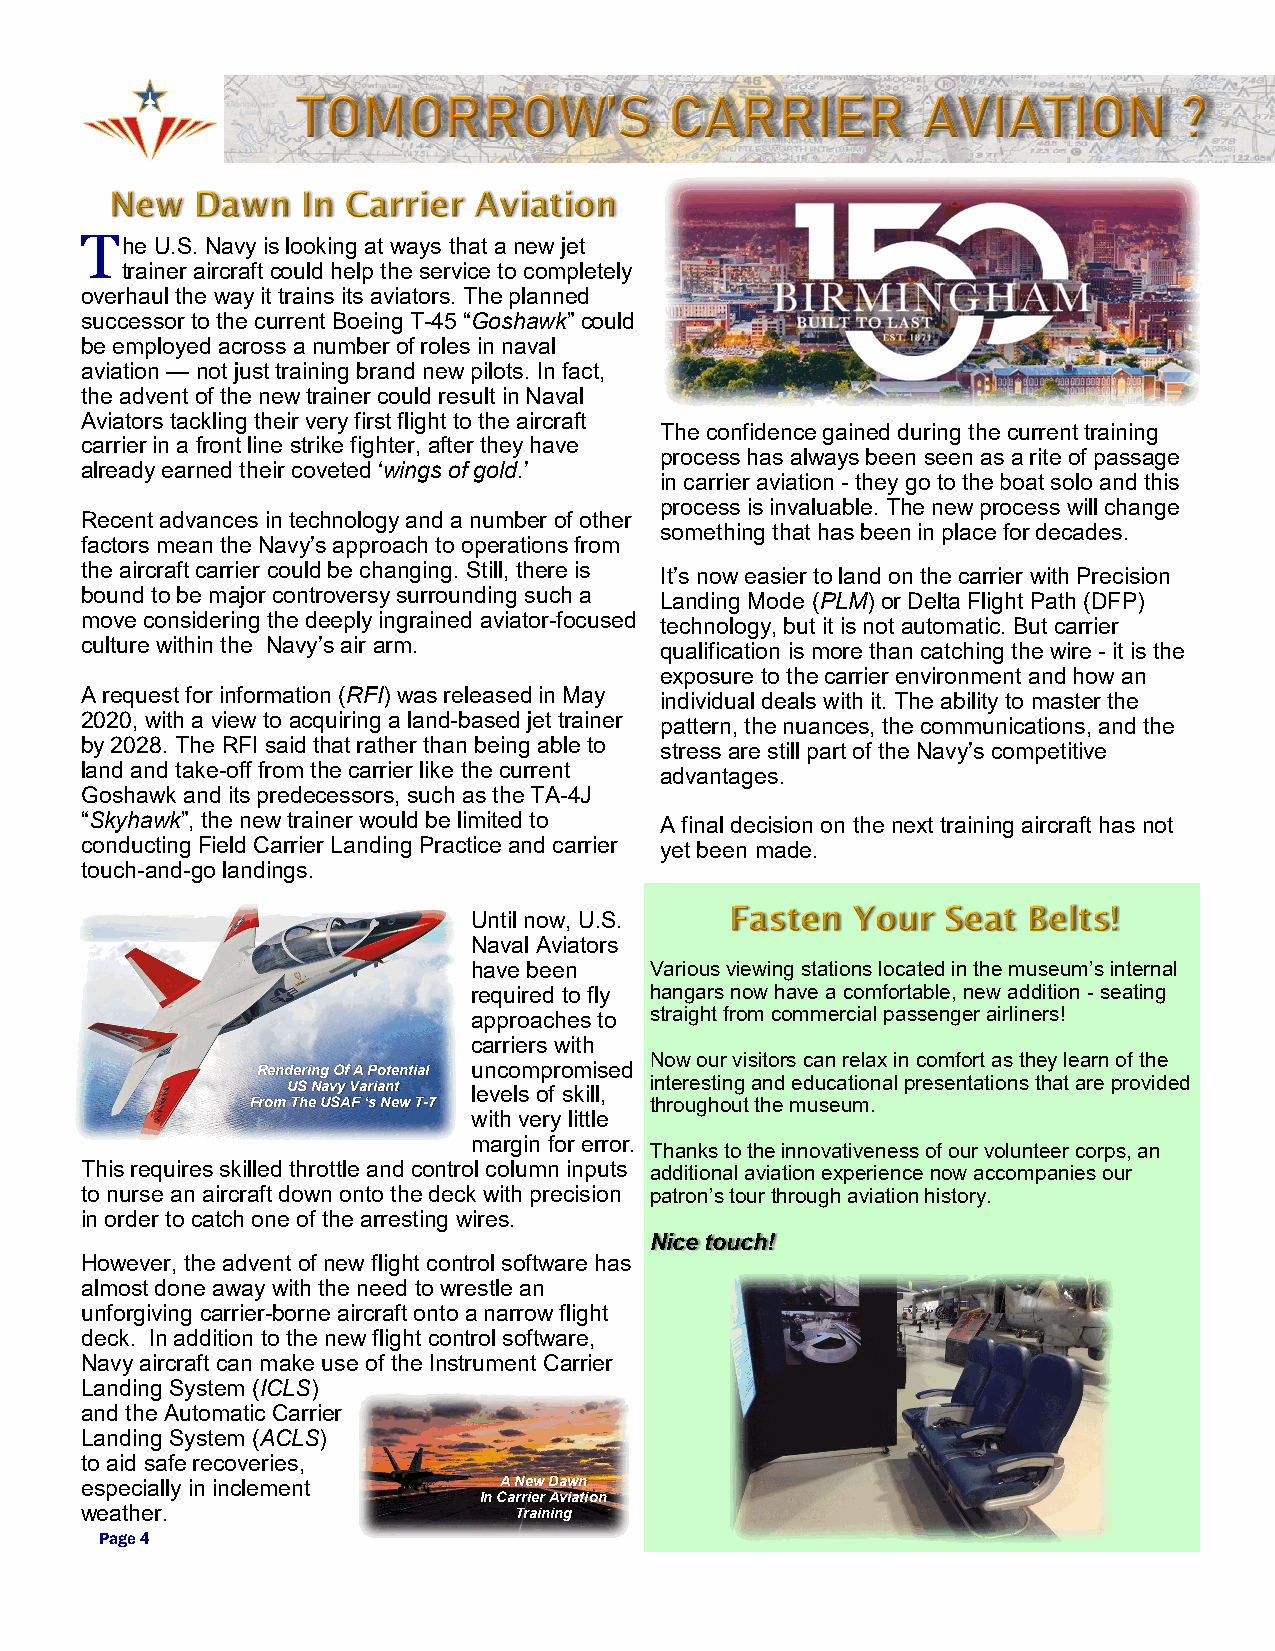
T
 he U.S. Navy is looking at ways that a new jet
 trainer aircraft could help the service to completely
 overhaul the way it trains its aviators. The planned
 successor to the current Boeing T-45 “Goshawk” could
 be employed across a number of roles in naval
 aviation — not just training brand new pilots. In fact,
 the advent of the new trainer could result in Naval
 Aviators tackling their very first flight to the aircraft
 The confidence gained during the current training
 carrier in a front line strike fighter, after they have
 process has always been seen as a rite of passage
 already earned their coveted ‘wings of gold.’
 in carrier aviation - they go to the boat solo and this
 process is invaluable. The new process will change
 Recent advances in technology and a number of other
 something that has been in place for decades.
 factors mean the Navy’s approach to operations from
 the aircraft carrier could be changing. Still, there is It’s now easier to land on the carrier with Precision
 bound to be major controversy surrounding such a Landing Mode (PLM) or Delta Flight Path (DFP)
 move considering the deeply ingrained aviator-focused technology, but it is not automatic. But carrier
 culture within the Navy’s air arm.     qualification is more than catching the wire - it is the
 exposure to the carrier environment and how an
 A request for information (RFI) was released in May individual deals with it. The ability to master the
 2020, with a view to acquiring a land-based jet trainer pattern, the nuances, the communications, and the
 by 2028. The RFI said that rather than being able to stress are still part of the Navy’s competitive
 land and take-off from the carrier like the current advantages.
 Goshawk and its predecessors, such as the TA-4J
 “Skyhawk”, the new trainer would be limited to A final decision on the next training aircraft has not
 conducting Field Carrier Landing Practice and carrier yet been made.
 touch-and-go landings.
 Until now, U.S.
 Naval Aviators
 have been   Various viewing stations located in the museum’s internal
 required to fly hangars now have a comfortable, new addition - seating
 approaches to straight from commercial passenger airliners!
 carriers with
 Now our visitors can relax in comfort as they learn of the
 Rendering Of A Potential uncompromised
 interesting and educational presentations that are provided
 US Navy Variant levels of skill,
 From The USAF ‘s New T-7  throughout the museum.
 with very little
 margin for error.
 Thanks to the innovativeness of our volunteer corps, an
 This requires skilled throttle and control column inputs additional aviation experience now accompanies our
 to nurse an aircraft down onto the deck with precision patron’s tour through aviation history.
 in order to catch one of the arresting wires.
 Nice touch!
 However, the advent of new flight control software has
 almost done away with the need to wrestle an
 unforgiving carrier-borne aircraft onto a narrow flight
 deck. In addition to the new flight control software,
 Navy aircraft can make use of the Instrument Carrier
 Landing System (ICLS)
 and the Automatic Carrier
 Landing System (ACLS)
 to aid safe recoveries,
 especially in inclement     A New Dawn
 In Carrier Aviation
 weather.                     Training
 Page 4